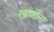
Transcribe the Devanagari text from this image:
खाणींना